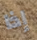
إذا